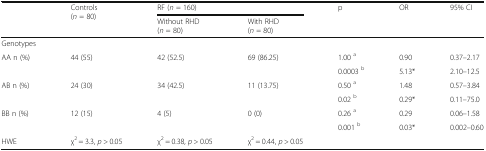
<table><thead><tr><td></td><td rowspan="2"><b>Controls(<i>n</i> = 80)</b></td><td colspan="2"><b>RF (<i>n</i> = 160)</b></td><td rowspan="2"><b>p</b></td><td rowspan="2"><b>OR</b></td><td rowspan="2"><b>95% CI</b></td></tr><tr><td></td><td><b>Without RHD(<i>n</i> = 80)</b></td><td><b>With RHD(<i>n</i> = 80)</b></td></tr></thead><tbody><tr><td>Genotypes</td><td></td><td></td><td></td><td></td><td></td><td></td></tr><tr><td rowspan="2">AA n (%)</td><td rowspan="2">44 (55)</td><td rowspan="2">42 (52.5)</td><td rowspan="2">69 (86.25)</td><td>1.00 <sup>a</sup></td><td>0.90</td><td>0.37–2.17</td></tr><tr><td>0.0003 <sup>b</sup></td><td>5.13*</td><td>2.10–12.5</td></tr><tr><td rowspan="2">AB n (%)</td><td rowspan="2">24 (30)</td><td rowspan="2">34 (42.5)</td><td rowspan="2">11 (13.75)</td><td>0.50 <sup>a</sup></td><td>1.48</td><td>0.57–3.84</td></tr><tr><td>0.02 <sup>b</sup></td><td>0.29*</td><td>0.11–75.0</td></tr><tr><td rowspan="2">BB n (%)</td><td rowspan="2">12 (15)</td><td rowspan="2">4 (5)</td><td rowspan="2">0 (0)</td><td>0.26 <sup>a</sup></td><td>0.29</td><td>0.06–1.58</td></tr><tr><td>0.001 <sup>b</sup></td><td>0.03*</td><td>0.002–0.60</td></tr><tr><td>HWE</td><td>χ<sup>2</sup> = 3.3, <i>p</i> &gt; 0.05</td><td>χ<sup>2</sup> = 0.38, <i>p</i> &gt; 0.05</td><td>χ<sup>2</sup> = 0.44, <i>p</i> &gt; 0.05</td><td></td><td></td><td></td></tr></tbody></table>